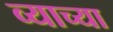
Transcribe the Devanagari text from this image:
व्याच्या